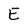
Character: E